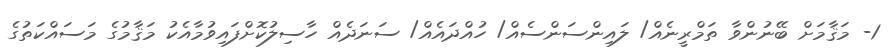
1- މަޤާމަށް ބޭނުންވާ ތަމްރީނެއް/ ލައިންސަންސެއް/ ހުއްދައެއް/ ސަނަދެއް ހާސިލުކޮށްފައިވުމާއެކު މަޤާމުގެ މަސައްކަތުގެ